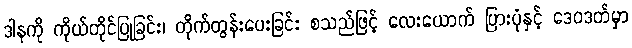
ဒါနကို ကိုယ်တိုင်ပြုခြင်း၊ တိုက်တွန်းပေးခြင်း စသည်ဖြင့် လေးယောက် ပြားပုံနှင့် ဒေဝဒတ်မှာ